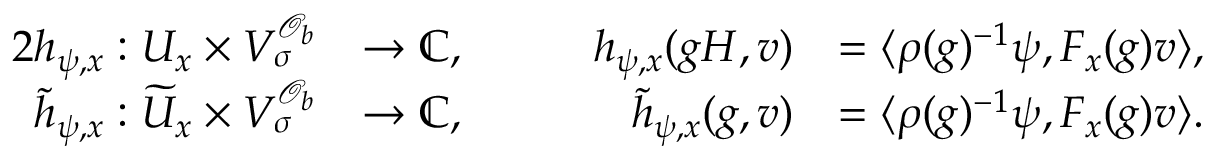
\begin{array} { r l r l } { { 2 } h _ { \psi , x } : U _ { x } \times V _ { \sigma } ^ { \mathcal { O } _ { b } } } & { \to \mathbb { C } , } & { \qquad h _ { \psi , x } ( g H , v ) } & { = \langle \rho ( g ) ^ { - 1 } \psi , F _ { x } ( g ) v \rangle , } \\ { \widetilde { h } _ { \psi , x } : \widetilde { U } _ { x } \times V _ { \sigma } ^ { \mathcal { O } _ { b } } } & { \to \mathbb { C } , } & { \qquad \widetilde { h } _ { \psi , x } ( g , v ) } & { = \langle \rho ( g ) ^ { - 1 } \psi , F _ { x } ( g ) v \rangle . } \end{array}